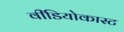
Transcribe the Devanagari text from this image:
वीडियोकास्ट